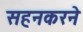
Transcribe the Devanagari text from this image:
सहनकरने